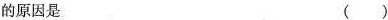
的原因是 ( )